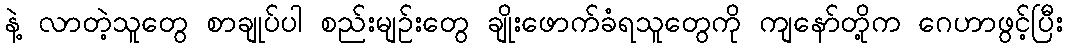
နဲ့ လာတဲ့သူတွေ စာချုပ်ပါ စည်းမျဉ်းတွေ ချိုးဖောက်ခံရသူတွေကို ကျနော်တို့က ဂေဟာဖွင့်ပြီး